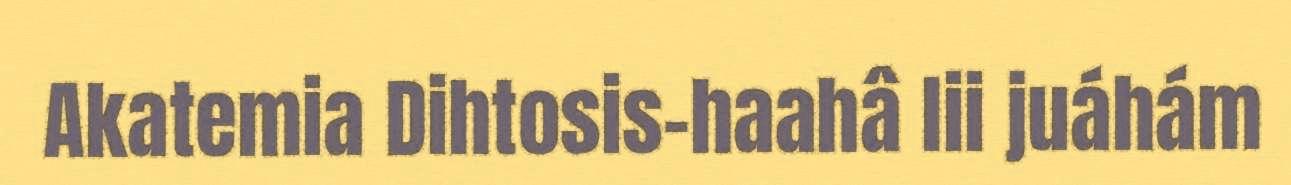
Akatemia Dihtosis-haahâ lii juáhám